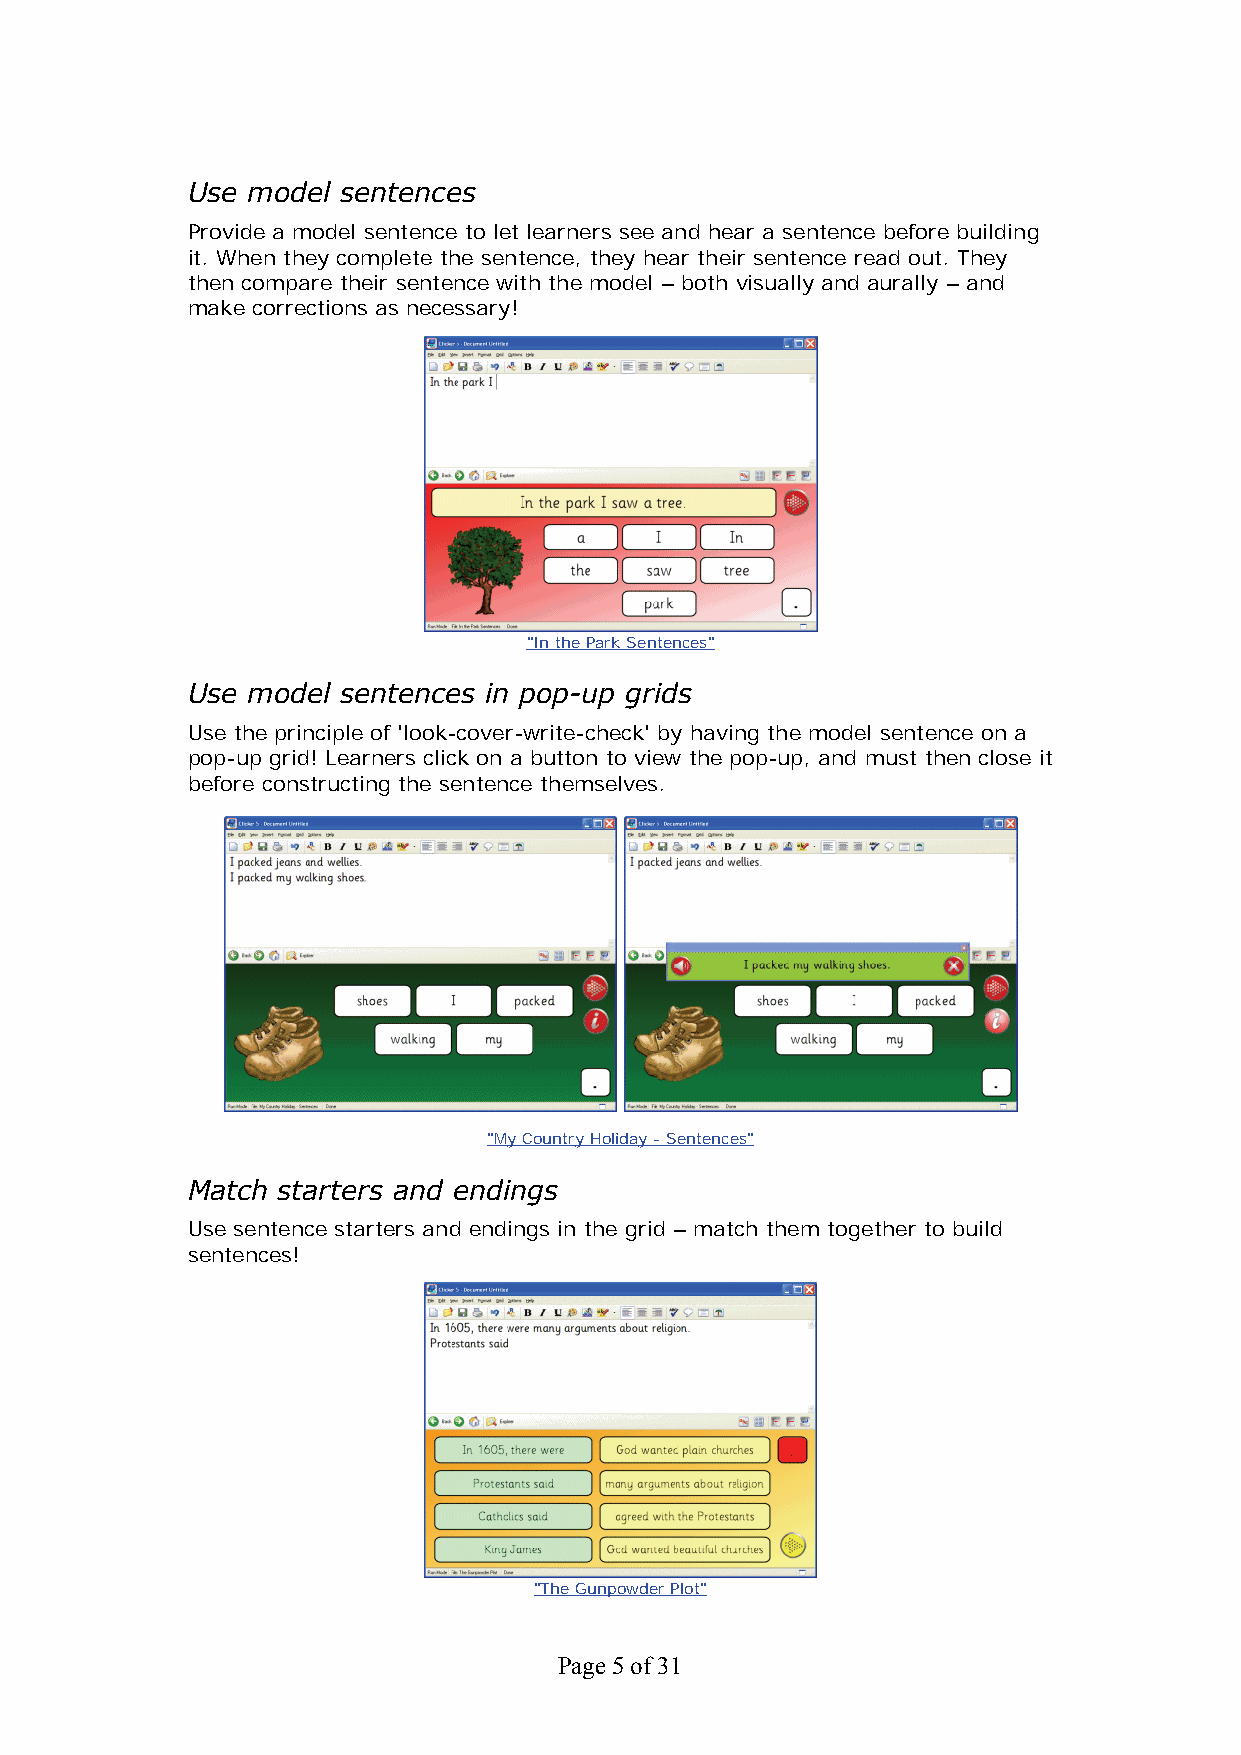
Use model  sentences
 Provide a model sentence to let learners see and hear a sentence before building
 it. When they complete the sentence, they hear their sentence read out. They
 then compare their sentence with the model – both visually and aurally – and
 make corrections as necessary!
 "In the Park Sentences"
 Use model sentences in pop-up grids
 Use the principle of 'look-cover-write-check' by having the model sentence on a
 pop-up grid! Learners click on a button to view the pop-up, and must then close it
 before constructing the sentence themselves.
 "My Country Holiday - Sentences"
 Match starters and endings
 Use sentence starters and endings in the grid – match them together to build
 sentences!
 "The Gunpowder Plot"
 Page 5 of 31